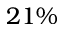
2 1 \%